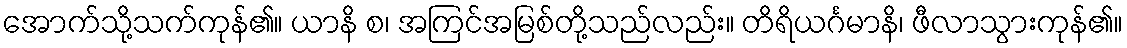
အောက်သို့သက်ကုန်၏။ ယာနိ စ၊ အကြင်အမြစ်တို့သည်လည်း။ တိရိယင်္ဂမာနိ၊ ဖီလာသွားကုန်၏။